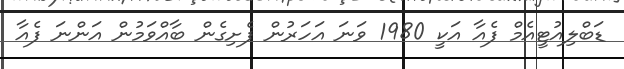
ޑަބްލިއުޓީއެމް ފެއާ އަކީ 1980 ވަނަ އަހަރުން ފެށިގެން ބާއްވަމުން އަންނަ ފެއާ